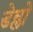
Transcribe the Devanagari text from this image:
डेम्लो